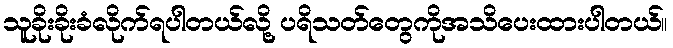
သူခိုးခိုးခံလိုက်ရပါတယ်လို့ ပရိသတ်တွေကိုအသိပေးထားပါတယ်။